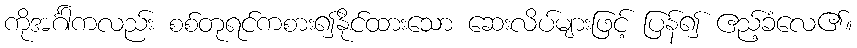
ကိုအင်္ဂါကလည်း စစ်တုရင်ကစား၍နိုင်ထားသော ဆေးလိပ်များဖြင့် ပြန်၍ ဧည့်ခံလေ၏။